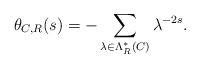
LaTeX: \begin{align*}\theta_{C,R}(s) = - \sum_{\lambda\in\Lambda^*_R(C)}\lambda^{-2s}.\end{align*}